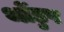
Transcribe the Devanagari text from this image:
थोंडुप